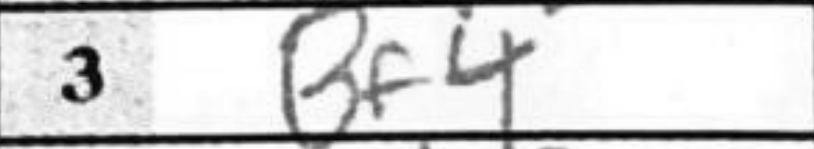
Transcription: Bf4